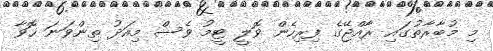
މި މުބާރާތުގައި ރާއްޖޭގެ ފިރިހެން ވޮލީ ޓީމު ވެސް މިއަދު ތިންވަނަ ހޮވާ